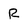
Character: r